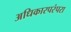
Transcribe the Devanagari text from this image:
अधिकारपरंपरा